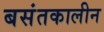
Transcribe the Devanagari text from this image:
बसंतकालीन